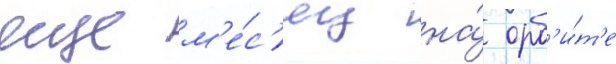
еще м'е́с'яц на́ орб'и́т'е